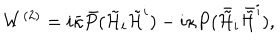
W ^ { ( 2 ) } = i \bar { \kappa } \bar { P } ( { \tilde { \cal H } } _ { i } { \tilde { \cal H } } ^ { i } ) - i \kappa P ( \bar { { \tilde { \cal H } } } _ { i } \bar { { \tilde { \cal H } } } ^ { i } ) ,